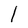
Character: l